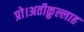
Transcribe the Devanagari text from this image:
प्रो।अतीक़ुल्लाह